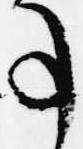
事